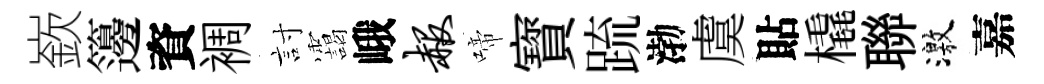
嶔籩資裯討靄峨赧啼寳䟽渤虞貼橇聯激嘉